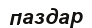
паздар